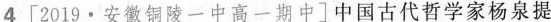
4[2019·安徽铜陵一中高一期中]中国古代哲学家杨泉提